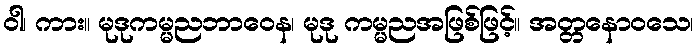
ဝါ၊ ကား။ မုဒုကမ္မညဘာဝေန၊ မုဒု ကမ္မညအဖြစ်ဖြင့်။ အတ္တနောဝသေ၊